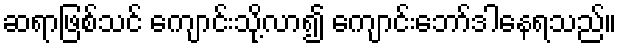
ဆရာဖြစ်သင် ကျောင်းသို့လာ၍ ကျောင်းဘော်ဒါနေရသည်။